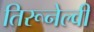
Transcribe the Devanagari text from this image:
तिरूनेल्वी